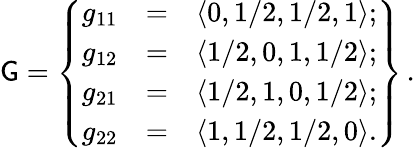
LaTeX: {\cal\mathsf{G}}=\left\{ \begin{array}{ccc}{g_{11}}&{=}&{\langle 0,1/2,1/2,1\rangle;}\\ {g_{12}}&{=}&{\langle 1/2,0,1,1/2\rangle;}\\ {g_{21}}&{=}&{\langle 1/2,1,0,1/2\rangle;}\\ {g_{22}}&{=}&{\langle 1,1/2,1/2,0\rangle.}\end{array}\right\} \, .